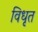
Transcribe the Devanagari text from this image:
विधृत